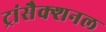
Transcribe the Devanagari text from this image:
ट्रांसैक्शनल